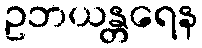
ဥဘယန္တရေန